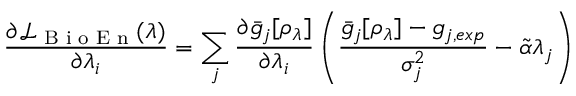
\frac { \partial \mathcal { L } _ { \textrm { B i o E n } } ( \lambda ) } { \partial \lambda _ { i } } = \sum _ { j } \frac { \partial \bar { g } _ { j } [ \rho _ { \lambda } ] } { \partial \lambda _ { i } } \left( \frac { \bar { g } _ { j } [ \rho _ { \lambda } ] - g _ { j , e x p } } { \sigma _ { j } ^ { 2 } } - \tilde { \alpha } \lambda _ { j } \right)